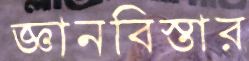
জ্ঞানবিস্তার